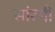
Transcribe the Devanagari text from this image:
सांरगी